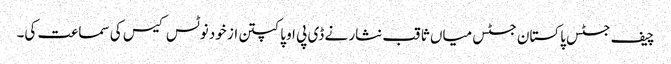
چیف جسٹس پاکستان جسٹس میاں ثاقب نثار نے ڈی پی او پاکپتن از خود نوٹس کیس کی سماعت کی۔